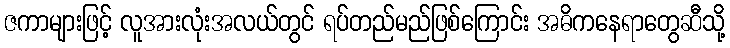
ဇကာများဖြင့် လူအားလုံးအလယ်တွင် ရပ်တည်မည်ဖြစ်ကြောင်း အဓိကနေရာတွေဆီသို့